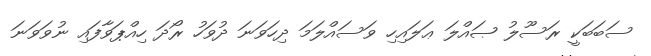
ސަބަބަކީ ރަސޫލު ޞައްލަ ޢަލައިހި ވަސައްލަމަ ދިހަވަނަ ދުވަހު ރޯދަ ހިއްޕަވާފައި ނުވަވަނަ